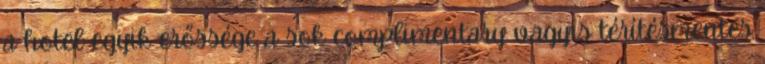
a hotel egyik erőssége a sok complimentary vagyis térítésmentes